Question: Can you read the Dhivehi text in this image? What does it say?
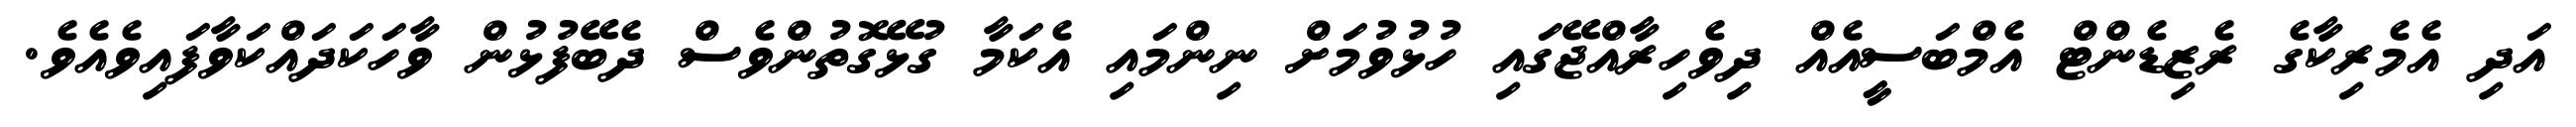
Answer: އަދި އެމެރިކާގެ ރެޒިޑެންޓް އެމްބަސީއެއް ދިވެހިރާއްޖޭގައި ހުޅުވުމަށް ނިންމައި އެކަމާ ގުޅޭގޮތުންވެސް ދެބޭފުޅުން ވާހަކަދައްކަވާފައިވެއެވެ.